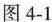
图4-1